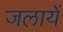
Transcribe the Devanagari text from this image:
जलायें